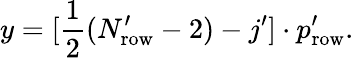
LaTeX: y=[\frac{1}{2}(N_{\mathrm{row}}^{\prime}-2)-j^{\prime}]\cdot p_{\mathrm{row}}^{\prime}.